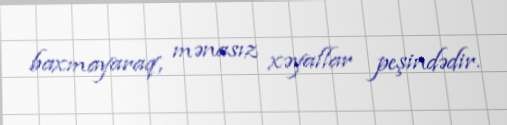
baxmayaraq, mənasız xəyallar peşindədir.